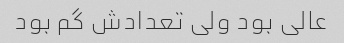
عالی بود ولی تعدادش گم بود